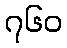
၇၆၀